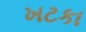
ખટકા